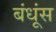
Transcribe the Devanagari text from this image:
बंधूंस